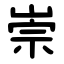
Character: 崇